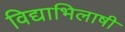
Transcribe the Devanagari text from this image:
विद्याभिलाषी